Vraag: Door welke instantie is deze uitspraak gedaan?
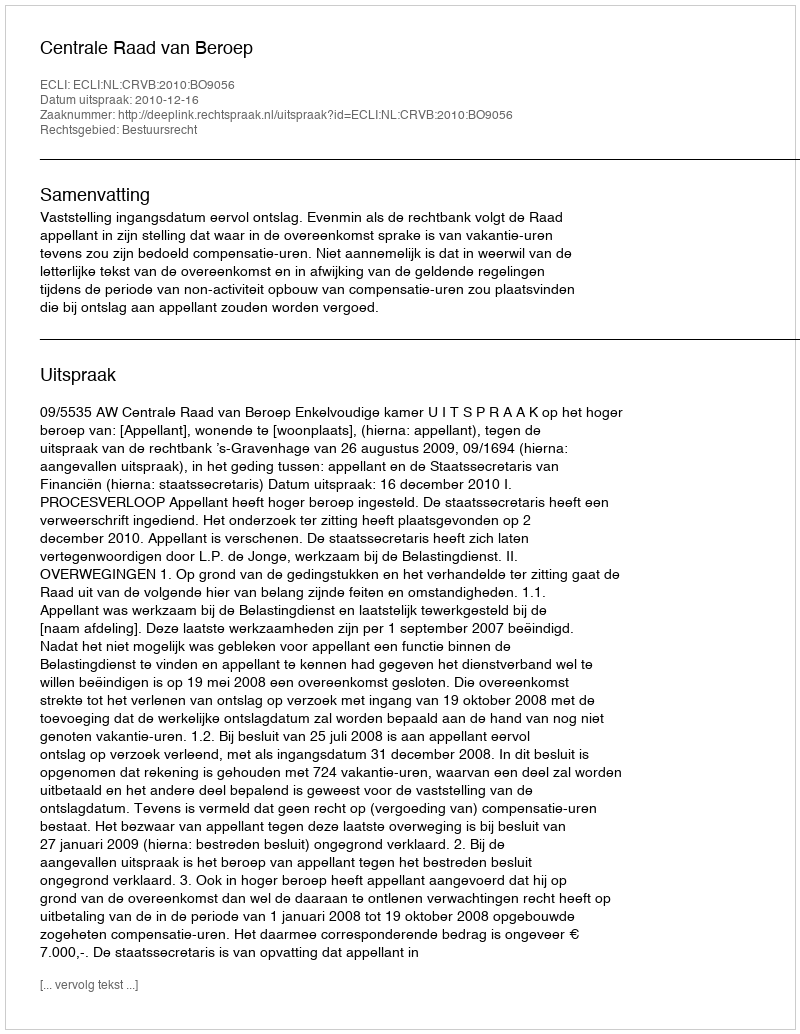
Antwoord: Centrale Raad van Beroep